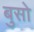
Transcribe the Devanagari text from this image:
बुसो